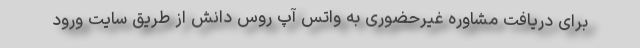
برای دریافت مشاوره غیرحضوری به واتس آپ روس دانش از طریق سایت ورود